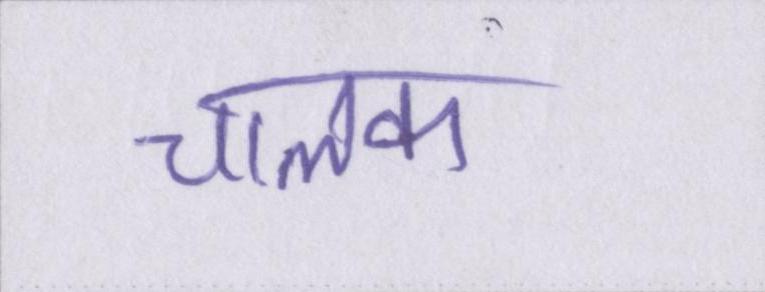
चालक